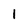
Character: I